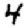
Digit: 4